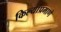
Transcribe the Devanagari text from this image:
किल्यांप्रमाणे